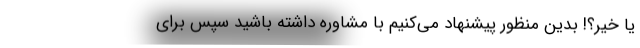
یا خیر؟! بدین منظور پیشنهاد می‌کنیم با مشاوره داشته باشید سپس برای